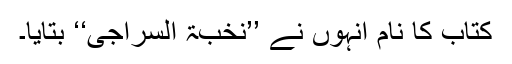
کتاب کا نام انہوں نے ’’نخبۃ السراجی‘‘ بتایا۔